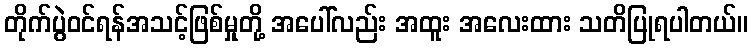
တိုက်ပွဲဝင်ရန်အသင့်ဖြစ်မှုတို့ အပေါ်လည်း အထူး အလေးထား သတိပြုရပါတယ်။